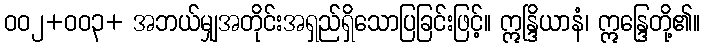
ဝဝ၂+ဝဝ၃+ အဘယ်မျှအတိုင်းအရှည်ရှိသောပြခြင်းဖြင့်။ ဣန္ဒြိယာနံ၊ ဣန္ဒြေတို့၏။